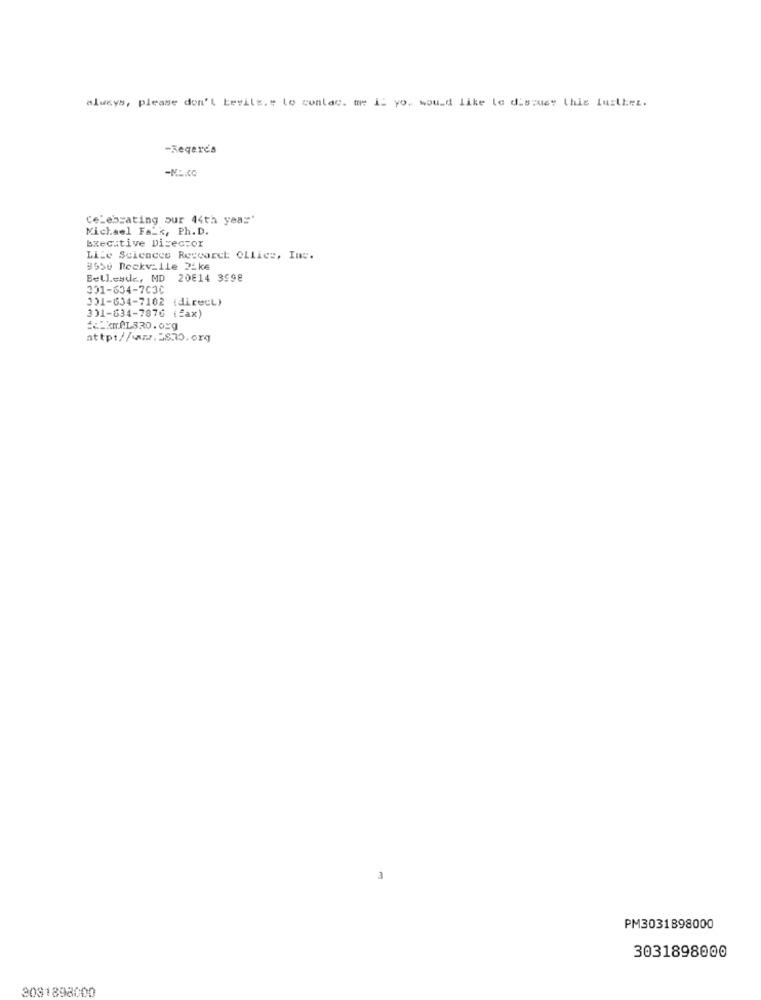
always, please don't bevits." to contac. me I. you would like to discuss this further.
-Regere's
Celebrating our 44th year'
Michael Fa_k, Ph. D.
Executive Director
Lile Sciences Research Ollies, Inc.
#550 Reckville 22ke
Bellesde, MD 20814 3998
301-634-7030
151-634-7162 (direct)
301-634-7876 (fax)
== kmAL330. org
attp://www.5870.org
3
PM3031898000
3031898000
3081898000